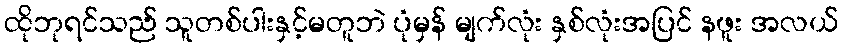
ထိုဘုရင်သည် သူတစ်ပါးနှင့်မတူဘဲ ပုံမှန် မျက်လုံး နှစ်လုံးအပြင် နဖူး အလယ်